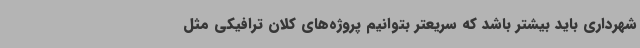
شهرداری باید بیشتر باشد که سریعتر بتوانیم پروژه‌های کلان ترافیکی مثل